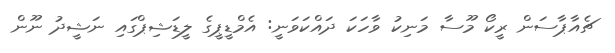
ޗެއާޕާސަން ރީކޯ މޫސާ މަނިކު ވާހަކަ ދައްކަވަނީ: އެމްޑީޕީގެ ލީޑަޝިޕްގައި ނަޝީދު ނޫން